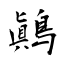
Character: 鷆